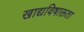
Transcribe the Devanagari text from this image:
खाद्यविषाक्तता